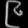
Digit: ၉